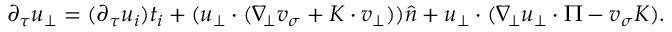
\begin{array} { r } { \partial _ { \tau } u _ { \bot } = ( \partial _ { \tau } u _ { i } ) t _ { i } + ( u _ { \bot } \cdot ( \nabla _ { \! \bot } v _ { \sigma } + K \cdot v _ { \bot } ) ) \widehat { n } + u _ { \bot } \cdot ( \nabla _ { \! \bot } u _ { \bot } \cdot \Pi - v _ { \sigma } K ) . } \end{array}